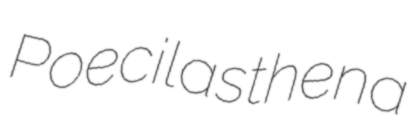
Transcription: Poecilasthena